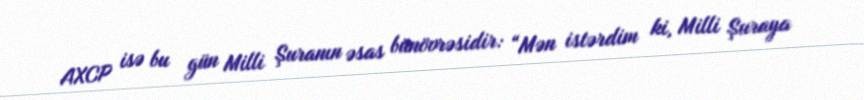
AXCP isə bu gün Milli Şuranın əsas bünövrəsidir: “Mən istərdim ki, Milli Şuraya